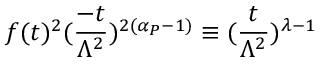
f ( t ) ^ { 2 } ( \frac { - t } { \Lambda ^ { 2 } } ) ^ { 2 ( \alpha _ { { \cal P } } - 1 ) } \equiv ( \frac { t } { \Lambda ^ { 2 } } ) ^ { \lambda - 1 }